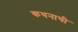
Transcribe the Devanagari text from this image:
कथनाची